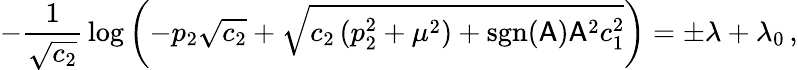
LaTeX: -\frac{1}{\sqrt{c_{2}}}\, \log\left(-p_{2}\sqrt{c_{2}}+\sqrt{c_{2}\, (p_{2}^{2}+\mu^{2})+\mathrm{sgn}(\mathsf{A})\mathsf{A}^{2}c_{1}^{2}}\right)=\pm\lambda+\lambda_{0}\, ,